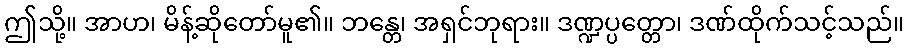
ဤသို့။ အာဟ၊ မိန့်ဆိုတော်မူ၏။ ဘန္တေ၊ အရှင်ဘုရား။ ဒဏ္ဍပ္ပတ္တော၊ ဒဏ်ထိုက်သင့်သည်။